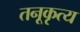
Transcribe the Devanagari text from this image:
तनूकृत्य